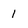
Character: I